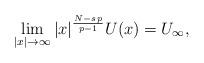
LaTeX: \begin{align*}\lim_{|x|\to\infty}|x|^{\frac{N-s\,p}{p-1}}U(x)=U_\infty,\end{align*}